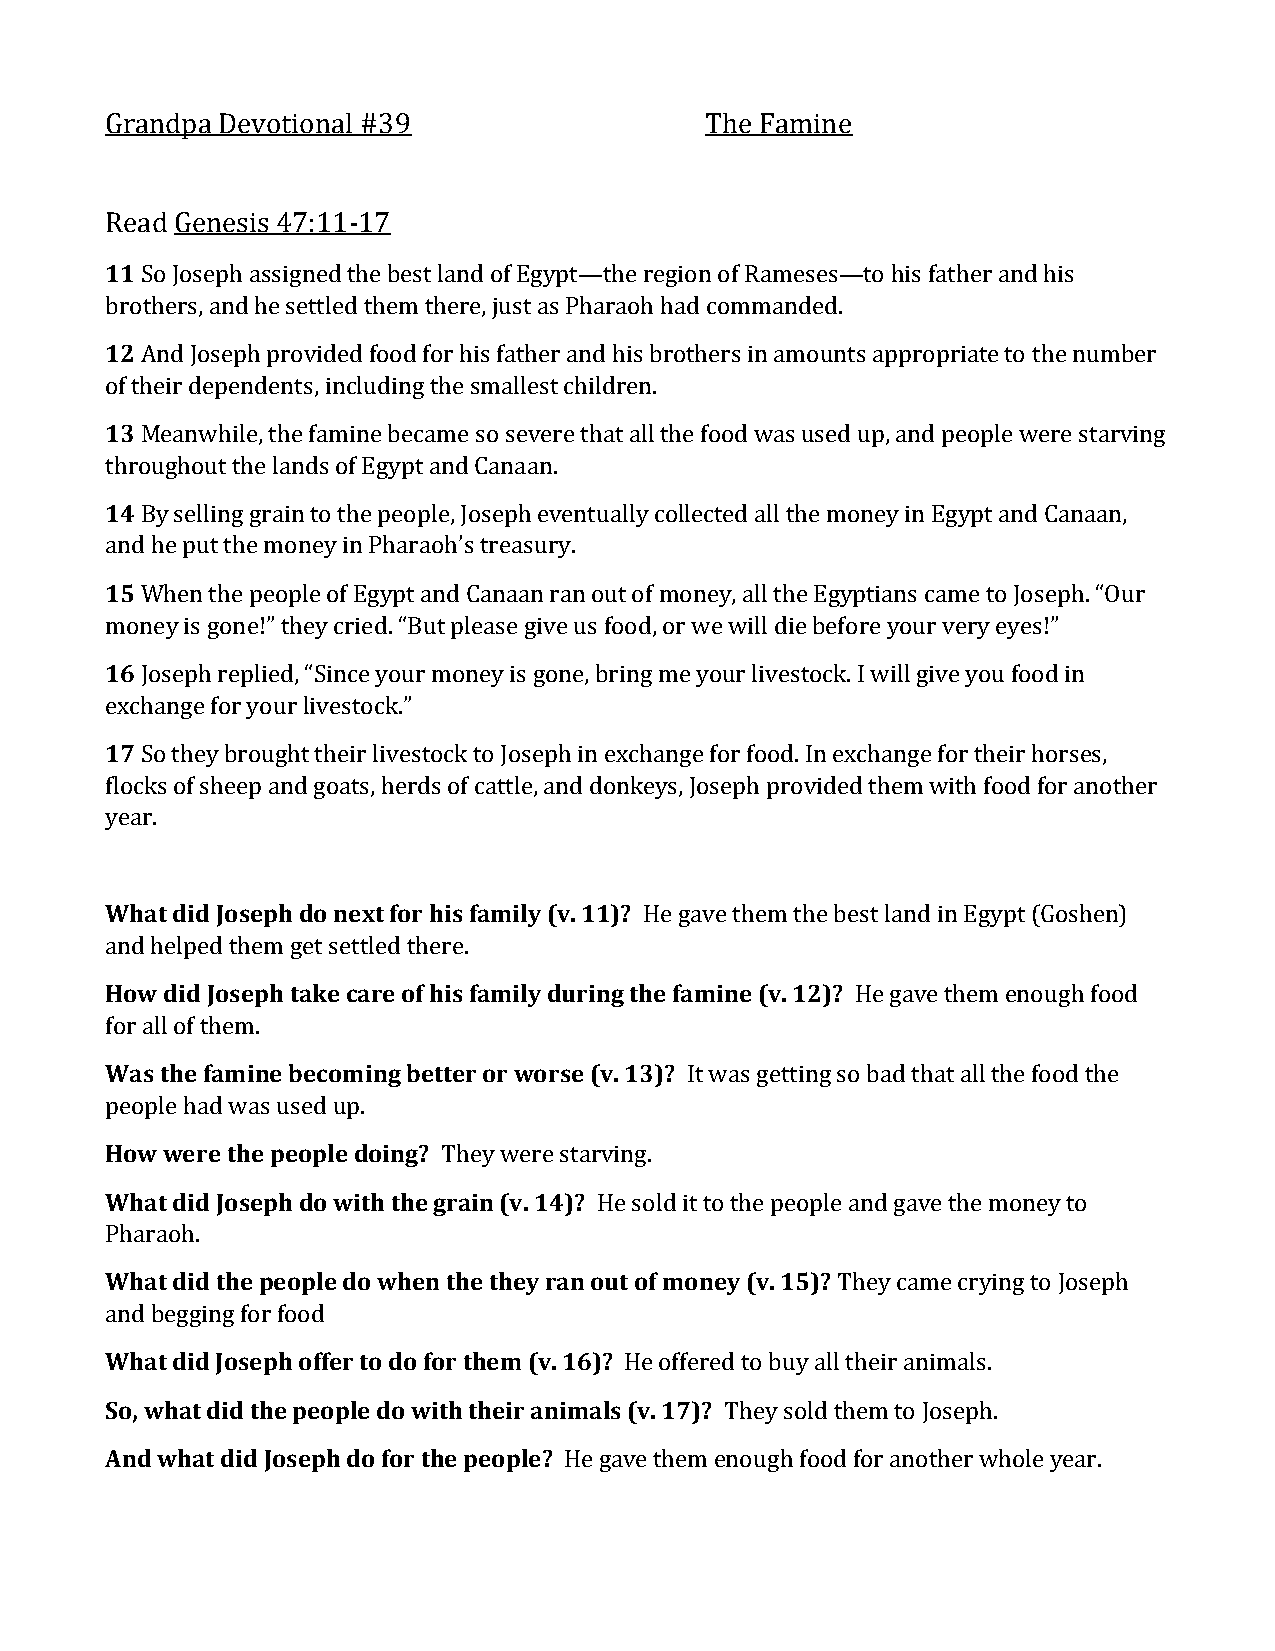
Grandpa Devotional #39                  The Famine
 Read Genesis 47:11-17
 11 So Joseph assigned the best land of Egypt—the region of Rameses—to his father and his
 brothers, and he settled them there, just as Pharaoh had commanded.
 12 And Joseph provided food for his father and his brothers in amounts appropriate to the number
 of their dependents, including the smallest children.
 13 Meanwhile, the famine became so severe that all the food was used up, and people were starving
 throughout the lands of Egypt and Canaan.
 14 By selling grain to the people, Joseph eventually collected all the money in Egypt and Canaan,
 and he put the money in Pharaoh’s treasury.
 15 When the people of Egypt and Canaan ran out of money, all the Egyptians came to Joseph. “Our
 money is gone!” they cried. “But please give us food, or we will die before your very eyes!”
 16 Joseph replied, “Since your money is gone, bring me your livestock. I will give you food in
 exchange for your livestock.”
 17 So they brought their livestock to Joseph in exchange for food. In exchange for their horses,
 flocks of sheep and goats, herds of cattle, and donkeys, Joseph provided them with food for another
 year.
 What did Joseph do next for his family (v. 11)? He gave them the best land in Egypt (Goshen)
 and helped them get settled there.
 How did Joseph take care of his family during the famine (v. 12)? He gave them enough food
 for all of them.
 Was the famine becoming better or worse (v. 13)? It was getting so bad that all the food the
 people had was used up.
 How were the people doing? They were starving.
 What did Joseph do with the grain (v. 14)? He sold it to the people and gave the money to
 Pharaoh.
 What did the people do when the they ran out of money (v. 15)? They came crying to Joseph
 and begging for food
 What did Joseph offer to do for them (v. 16)? He offered to buy all their animals.
 So, what did the people do with their animals (v. 17)? They sold them to Joseph.
 And what did Joseph do for the people? He gave them enough food for another whole year.